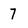
Character: 7